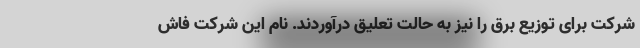
شرکت برای توزیع برق را نیز به حالت تعلیق درآوردند. نام این شرکت فاش